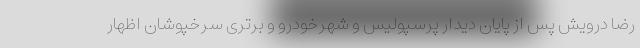
رضا درویش پس از پایان دیدار پرسپولیس و شهرخودرو و برتری سرخپوشان اظهار